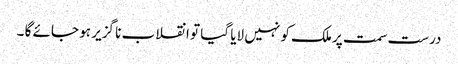
درست سمت پر ملک کو نہیں لایا گیا تو انقلاب نا گزیر ہو جائے گا ۔